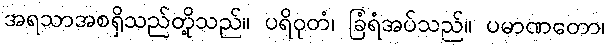
အရသာအစရှိသည်တို့သည်။ ပရိဝုတံ၊ ခြံရံအပ်သည်။ ပမာဏတော၊